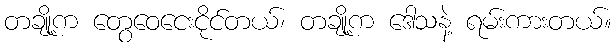
တချို့က တွေဝေငေးငိုင်တယ်၊ တချို့က ဒေါသနဲ့ ရမ်းကားတယ်။